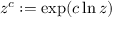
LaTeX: z ^ { c } : = \exp ( c \ln z )